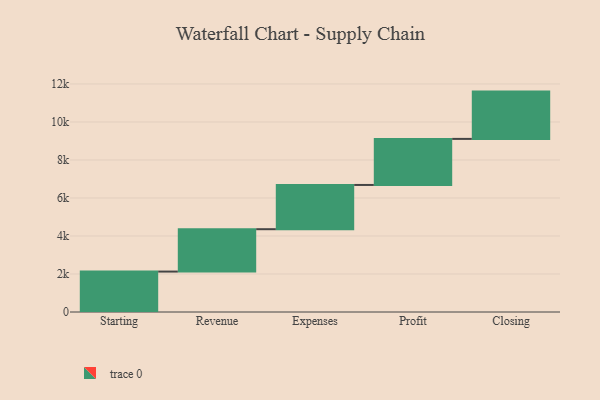
{"axis": {"x": "Step", "y": "Value"}, "legend": [""], "data": [{"x": "Starting", "y": 2127.0, "type": ""}, {"x": "Revenue", "y": 2230.0, "type": ""}, {"x": "Expenses", "y": 2328.0, "type": ""}, {"x": "Profit", "y": 2424.0, "type": ""}, {"x": "Closing", "y": 2489.0, "type": ""}]}